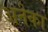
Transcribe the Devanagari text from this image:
अनेका